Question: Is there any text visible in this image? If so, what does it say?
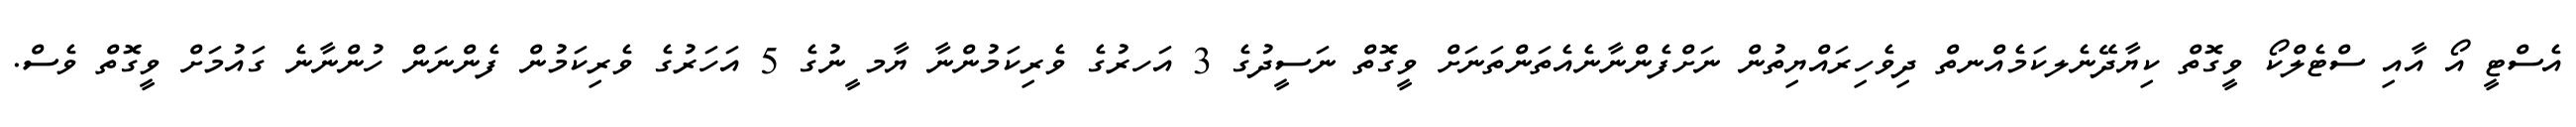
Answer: އެސްޓީ އޯ އާއި ސްޓެލްކޯ ވީގޮތް ކިޔާދޭނެލކަމެއްނތް ދިވެހިރައްޔިތުން ނަށްފެންނާނެއެތަންތަނަށް ވީގޮތް ނަސީދުގެ 3 އަހރުގެ ވެރިކަމުންނާ ޔާމ ީނުގެ 5 އަހަރުގެ ވެރިކަމުން ފެންނަން ހުންނާނެ ގައުމަށް ވީގޮތް ވެސް.